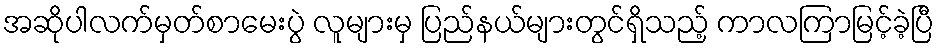
အဆိုပါလက်မှတ်စာမေးပွဲ လူများမှ ပြည်နယ်များတွင်ရှိသည့် ကာလကြာမြင့်ခဲ့ပြီ